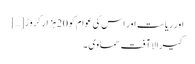
اور ریاست اور اس کی عوام کو 20ہزار کروڑ […]
کیرالا آفت سماوی ۔